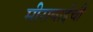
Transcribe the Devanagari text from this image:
मीराबाईंची